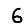
Digit: 6